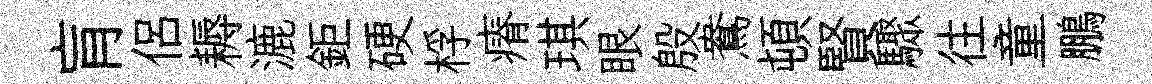
肓侶耨漉鉅硬桴瘠琪眼殷鴦頓賢驟往童鵬